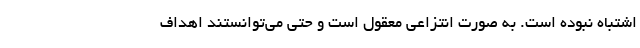
اشتباه نبوده است. به صورت انتزاعی معقول است و حتی می‌توانستند اهداف